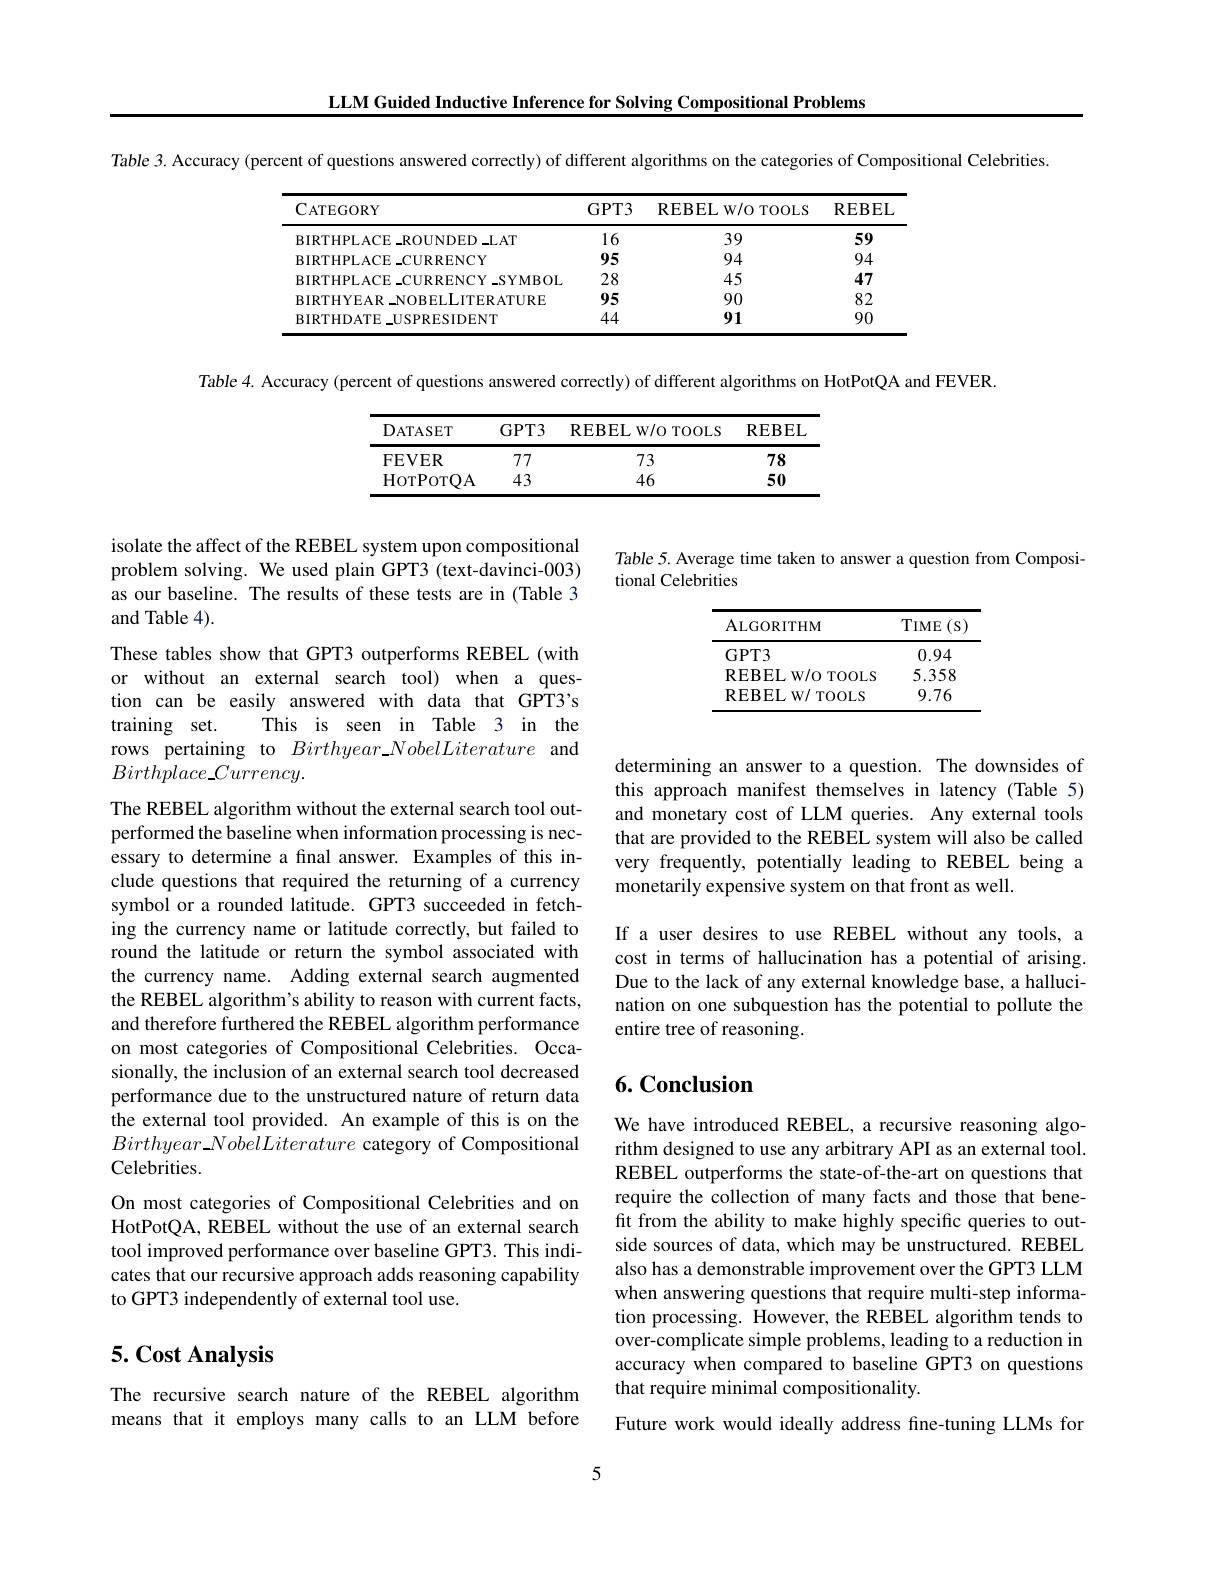
LLM Guided Inductive Inference for Solving Compositional Problems

Table 3. Accuracy (percent of questions answered correctly) of different algorithms on the categories of Compositional Celebrities

<table>
	<tbody>
		<tr>
			<th>$\mathbf{C}$ATEGORY</th>
			<th>$GPT3$</th>
			<th>REBELW/ O TOOLS</th>
			<th>REBEL</th>
		</tr>
		<tr>
			<td>$BIRTHPLACE\_ROUNDED\_LAT$</td>
			<td>16</td>
			<td>39</td>
			<td>59</td>
		</tr>
		<tr>
			<td>BIRTHPLACE-CURRENCY</td>
			<td>95</td>
			<td>94</td>
			<td>94</td>
		</tr>
		<tr>
			<td>BIRTHPLACE-CURRENCY-SYMBOL</td>
			<td>28</td>
			<td>45</td>
			<td>47</td>
		</tr>
		<tr>
			<td>BIRTHYEAR NOBELLITERATURE</td>
			<td>95</td>
			<td>90</td>
			<td>82</td>
		</tr>
		<tr>
			<td>BIRTHDATE USPRESIDENT</td>
			<td>44</td>
			<td>91</td>
			<td>90</td>
		</tr>
	</tbody>
</table>

Table 4. Accuracy (percent of questions answered correctly) of different algorithms on HotPotQA and FEVER.

<table>
	<tbody>
		<tr>
			<th>DATASET</th>
			<th>$GPT3$</th>
			<th>REBELW/ O TOOLS</th>
			<th>REBEL</th>
		</tr>
		<tr>
			<td>FEVER</td>
			<td>77</td>
			<td>73</td>
			<td>78</td>
		</tr>
		<tr>
			<td>HorPorQA</td>
			<td>43</td>
			<td>46</td>
			<td>50</td>
		</tr>
	</tbody>
</table>

Table 5. Average time taken to answer a question from Composi-
tional Celebrities

<table>
	<tbody>
		<tr>
			<th>ALGORITHM</th>
			<th>$TIME$ $(S)$</th>
		</tr>
		<tr>
			<td>GPT3</td>
			<td>0.94</td>
		</tr>
		<tr>
			<td>REBEL W/O TOOLS</td>
			<td>5.358 T</td>
		</tr>
		<tr>
			<td>REBELW/ TOOLS</td>
			<td>9.76</td>
		</tr>
	</tbody>
</table>

determining an answer to a question. The downsides of this approach manifest themselves in latency (Table 5) and monetary cost of LLM queries. Any external tools that are provided to the REBEL system will also be called very frequently, potentially leading to REBEL being a monetarily expensive system on that front as well.

isolate the affect of the REBEL system upon compositional problem solving. We used plain GPT3 (text-davinci-003) as our baseline. The results of these tests are in (Table 3 and Table 4).
These tables show that GPT3 outperforms REBEL (with
or without an external search tool) when
$ques-$
tion can be easily answered with data that GPT3's
training set.
This is seen in Table 3 in the
rows pertaining to $Birthyear\_NobelLiterature$ and
$Birthplace\_Currency.$
The REBEL algorithm without the external search tool outperformed the baseline when information processing is necessary to determine a fınal answer. Examples of this include questions that required the returning of a currency symbol or a rounded latitude. GPT3 succeeded in fetching the currency name or latitude correctly, but failed to round the latitude or return the symbol associated with the currency name. Adding external search augmented the REBEL algorithm's ability to reason with current facts, and therefore furthered the REBEL algorithm performance on most categories of Compositional Celebrities. Occasionally, the inclusion of an external search tool decreased performance due to the unstructured nature of return data the external tool provided. An example of this is on the $Birthyear\_NobelLiterature$ category of Compositional Celebrities.
On most categories of Compositional Celebrities and on HotPotQA, REBEL without the use of an external search tool improved performance over baseline GPT3. This indicates that our recursive approach adds reasoning capability to GPT3 independently of external tool use.

If a user desires to use REBEL without any tools, a cost in terms of hallucination has a potential of arising. Due to the lack of any external knowledge base, a hallucination on one subquestion has the potential to pollute the entire tree of reasoning.

## 6. Conclusion

We have introduced REBEL, a recursive reasoning algorithm designed to use any arbitrary API as an external tool. REBEL outperforms the state-of-the-art on questions that require the collection of many facts and those that benefit from the ability to make highly specific queries to outside sources of data, which may be unstructured. REBEL also has a demonstrable improvement over the GPT3 LLM when answering questions that require multi-step information processing. However, the REBEL algorithm tends to over-complicate simple problems, leading to a reduction in accuracy when compared to baseline GPT3 on questions that require minimal compositionality.
Future work would ideally address fine-tuning LLMs for

## $5. \textbf{Cost Analysis}$

The recursive search nature of the REBEL algorithm means that it employs many calls to an LLM before

5